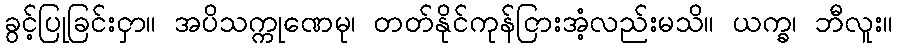
ခွင့်ပြုခြင်းငှာ။ အပိသက္ကုဏေမု၊ တတ်နိုင်ကုန်ငြားအံ့လည်းမသိ။ ယက္ခ၊ ဘီလူး။